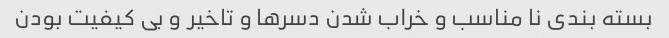
بسته بندی نا مناسب و خراب شدن دسرها و تاخیر و بی کیفیت بودن